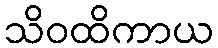
သိဝထိကာယ